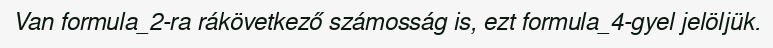
Van formula_2-ra rákövetkező számosság is, ezt formula_4-gyel jelöljük.